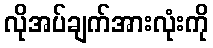
လိုအပ်ချက်အားလုံးကို